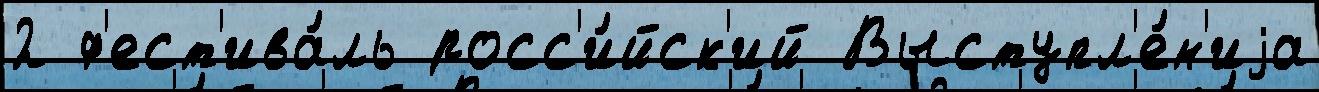
2 ф'ест'ива́ль росс'и́йск'ий Выступл'е́н'иjа